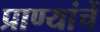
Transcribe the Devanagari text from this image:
प्राण्यांचें